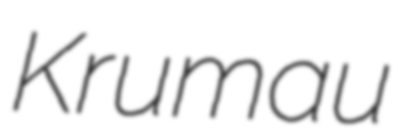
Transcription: Krumau